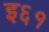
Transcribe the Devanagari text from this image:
इ६१